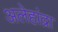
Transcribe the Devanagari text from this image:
अलेहांद्रा